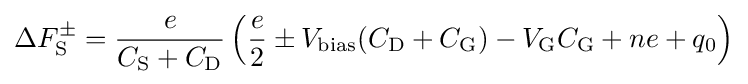
\Delta F_{\rm {S}}^{\pm }={\frac {e}{C_{\rm {S}}+C_{\rm {D}}}}\left({\frac {e}{2}}\pm V_{\rm {bias}}(C_{\rm {D}}+C_{\rm {G}})-V_{\rm {G}}C_{\rm {G}}+ne+q_{0}\right)